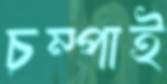
চম্পাই